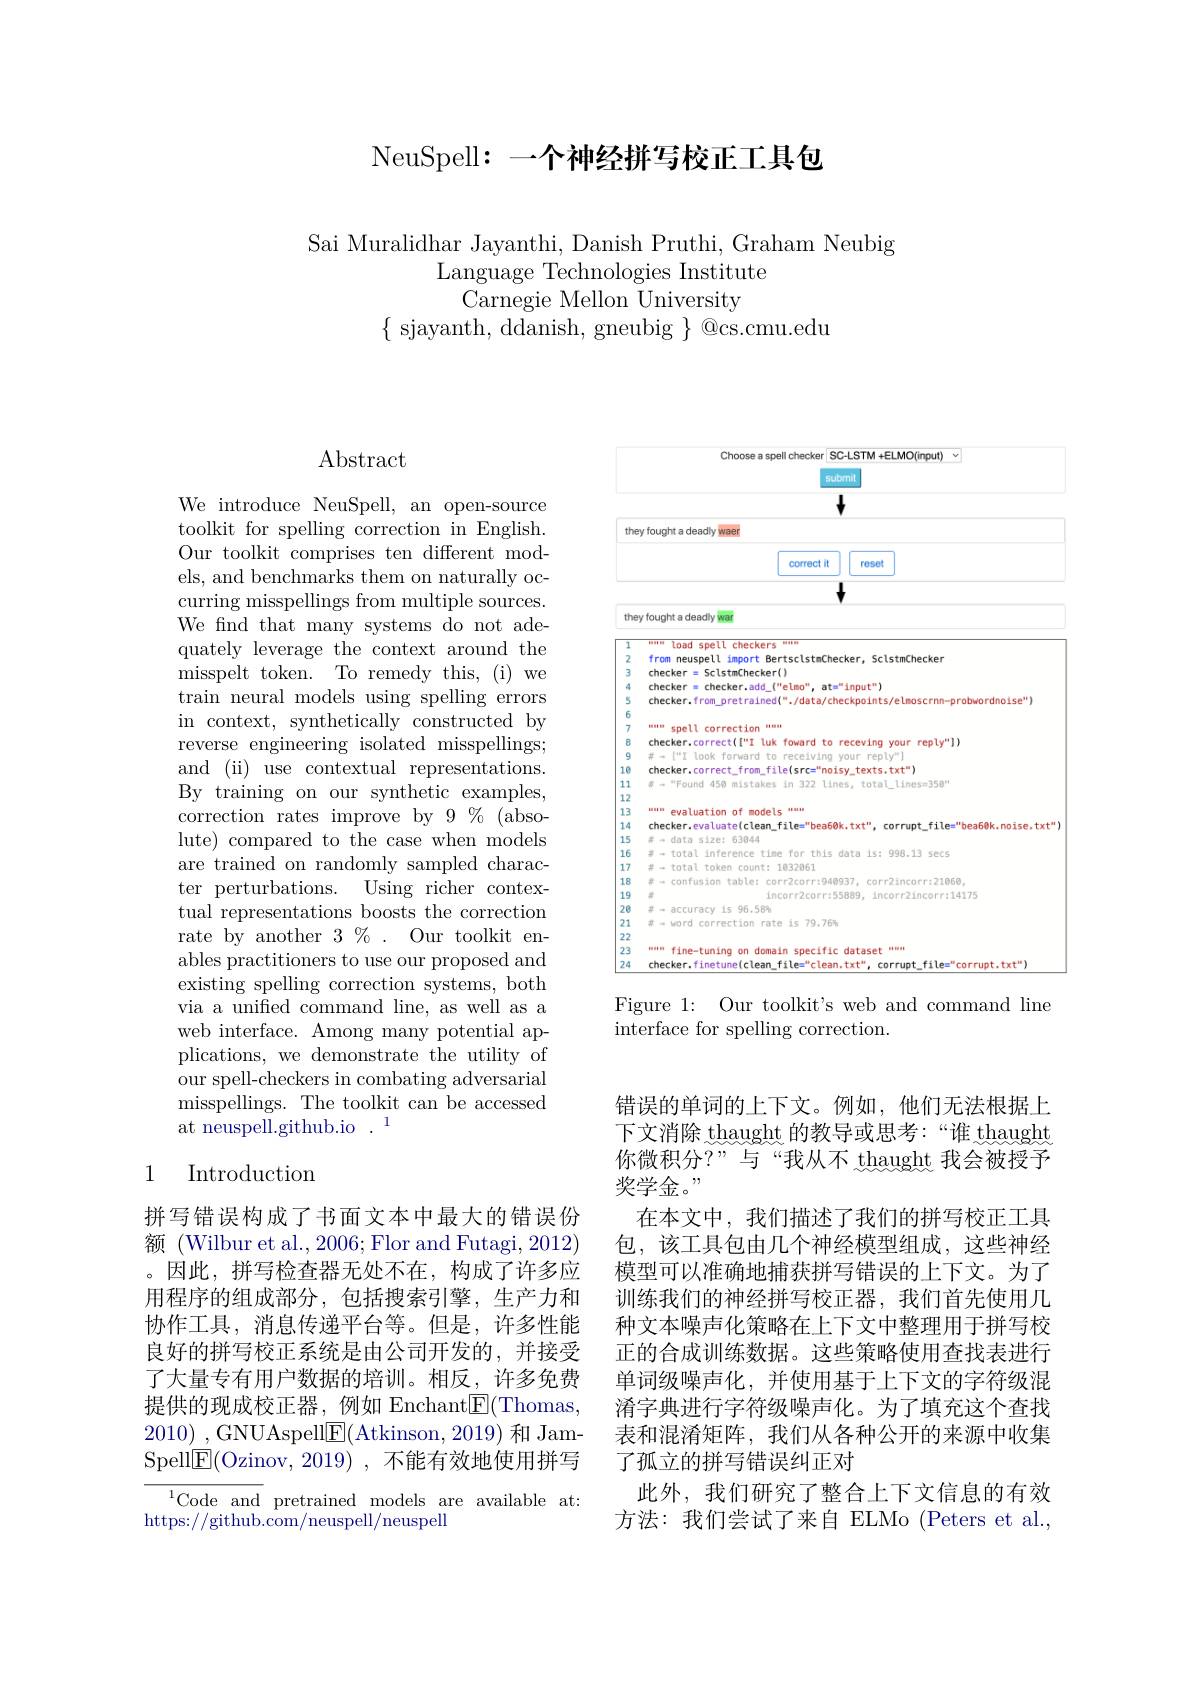
## NeuSpell: 一个神经拼写校正工具包

Sai Muralidhar Jayanthi, Danish Pruthi, Graham Neubig
Language Technologies Institute
Carnegie Mellon University
$\{$ sjayanth, ddanish, gneubig $\}$ @cs.cmu.edu

## $\operatorname{Abstract}$

We introduce NeuSpell, an open-source toolkit for spelling correction in English. Our toolkit comprises ten different models, and benchmarks them on naturally occurring misspellings from multiple sources. We fnd that many systems do not adequately leverage the context around the misspelt token. To remedy this, (i) we train neural models using spelling errors in context, synthetically constructed by reverse engineering isolated misspellings; and (ii) use contextual representations. By training on our synthetic examples, correction rates improve by 9 % (absolute) compared to the case when models are trained on randomly sampled character perturbations. Using richer contextual representations boosts the correction rate by another $3\%.$ Our toolkit enables practitioners to use our proposed and existing spelling correction systems, both via a unified command line, as well as a web interface. Among many potential applications, we demonstrate the utility of our spell-checkers in combating adversarial misspellings. The toolkit can be accessed at neuspell.github.io$.^1$

# 1 Introduction

拼写错误构成了书面文本中最大的错误份额 (Wilbur et al., 2006; Flor and Futagi, 2012) 。因此，拼写检查器无处不在，构成了许多应用程序的组成部分，包括搜索引擎，生产力和协作工具，消息传递平台等。但是，许多性能良好的拼写校正系统是由公司开发的，并接受了大量专有用户数据的培训。相反，许多免费提供的现成校正器，例如 Enchant$\underline{\mathrm{E}}($Thomas, 2010) ,GNUAspell$\boxed{\mathrm{E}}($Atkinson, 2019)和 JamSpell$\underline{\mathrm{E}}($Ozinov, 2019) , 不能有效地使用拼写

$^{1}$Code and pretrained models are available at:
https://github.com/neuspell/neuspell

<FigureHere>

Figure 1: Our toolkit's web and command line
interface for spelling correction.

错误的单词的上下文。例如，他们无法根据上下文消除 thaught 的教导或思考：“谁 thaught 你微积分？”与“我从不 thaught 我会被授予奖学金。"
在本文中，我们描述了我们的拼写校正工具包，该工具包由几个神经模型组成，这些神经模型可以准确地捕获拼写错误的上下文。为了训练我们的神经拼写校正器，我们首先使用几种文本噪声化策略在上下文中整理用于拼写校正的合成训练数据。这些策略使用查找表进行单词级噪声化，并使用基于上下文的字符级混淆字典进行字符级噪声化。为了填充这个查找表和混淆矩阵，我们从各种公开的来源中收集了孤立的拼写错误纠正对
此外，我们研究了整合上下文信息的有效方法：我们尝试了来自 ELMo (Peters et al.,